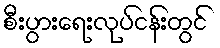
စီးပွားရေးလုပ်ငန်းတွင်